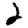
Digit: 2